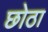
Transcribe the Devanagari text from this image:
छोठा